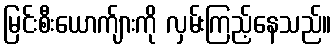
မြင်းစီးယောက်ျားကို လှမ်းကြည့်နေသည်။